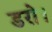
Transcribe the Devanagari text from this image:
डरो।